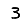
Digit: 3